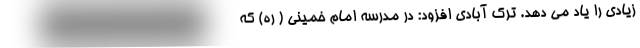
زیادی را یاد می دهد. ترک آبادی افزود: در مدرسه امام خمینی ( ره) که